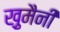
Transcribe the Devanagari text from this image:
खु़मैनी